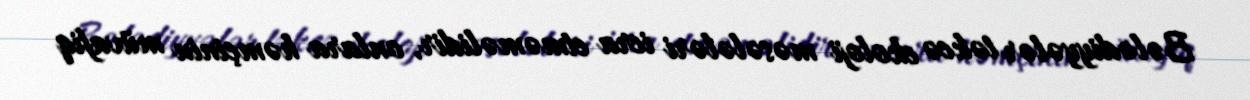
Bələdiyyələr təkcə ekoloji məsələləri icra etməməlidir, onlara həmçinin müvafiq